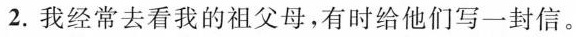
2.我经常去看我的祖父母，有时给他们写一封信。